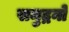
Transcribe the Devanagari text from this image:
समुद्रनो